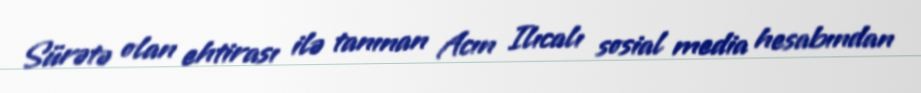
Sürətə olan ehtirası ilə tanınan Acın Ilıcalı sosial media hesabından